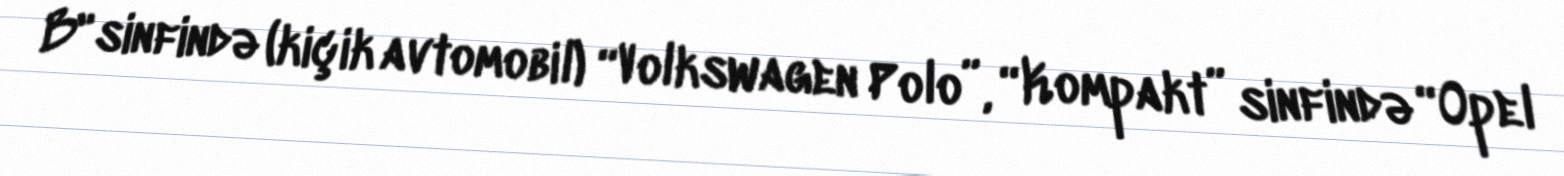
B" sinfində (kiçik avtomobil) “Volkswagen Polo”, “Kompakt” sinfində “Opel